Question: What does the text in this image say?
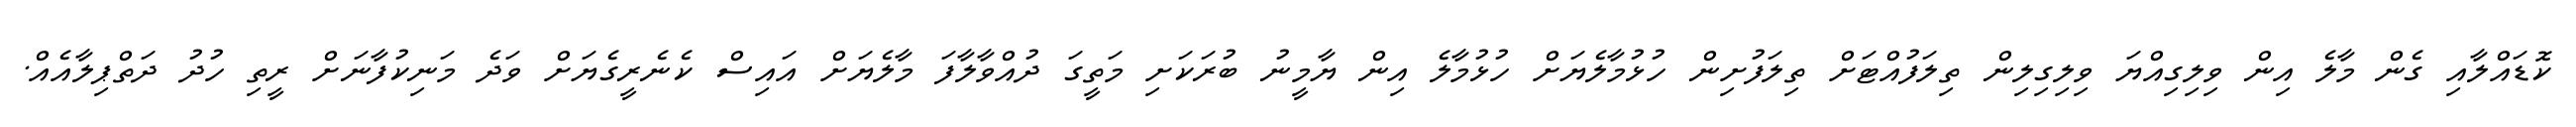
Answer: ކޮޑައްލާއި ގެން މާލެ އިން ވިލިގިއްޔަ ވިލިގިލިން ތިލަފުއްޓަށް ތިލަފުށިން ހުޅުމާލެޔަށް ހުޅުމާލެ އިން ޔާމީނު ބުރަކަށި މަތީގަ ދުއްވާލާފަ މާލެޔަށް އައިސް ކެނެރީގެޔަށް ވަދެ މަނިކުފާނަށް ރީތި ހުދު ދަތްޕިލާއެއް.